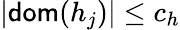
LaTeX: |\mathsf{dom}(h_{j})|\leq c_{h}